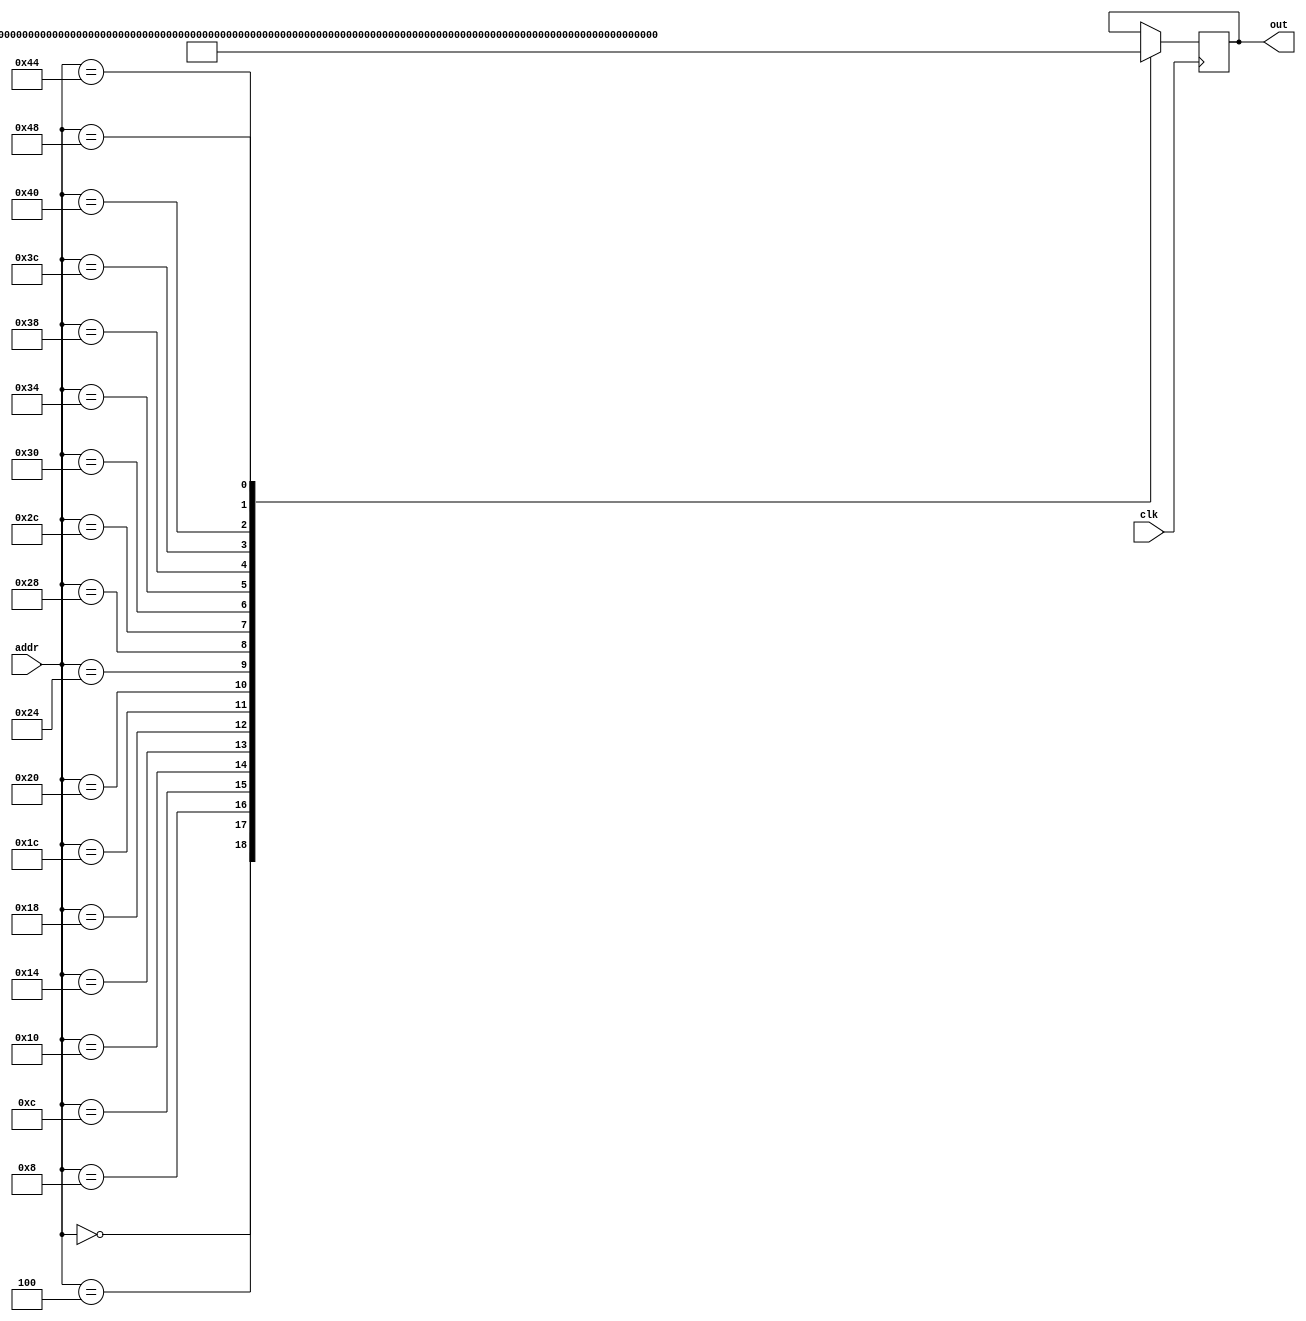
module rom (addr, clk, out);
	input [7:0] addr;
	input clk;
	output reg [31:0] out;
	
	always @ (posedge clk) begin
		case (addr)
			8'h00 : out = 32'h00450693; //addi a3, a0, 4
			8'h04 : out = 32'h00100713; //addi a4, x0, 1
			
			8'h08 : out = 32'h00b76463; //bltu a4, a1, 10
			
			8'h0c : out = 32'h00008067; //jalr x0, x1, 0
			
			8'h10 : out = 32'h0006a803; //lw   a6, 0(a3)
			8'h14 : out = 32'h00068613; //addi a2, a3, 0
			8'h18 : out = 32'h00070793; //addi a5, a4, 0
			
			8'h1c : out = 32'hffc62883; //lw   a7, -4(a2)
			8'h20 : out = 32'h01185a63; //bge  a6, a7, 34
			8'h24 : out = 32'h01162023; //sw   a7, 0(a2)
			8'h28 : out = 32'hfff78793; //addi a5, a5, -1
			8'h2c : out = 32'hffc60613; //addi a2, a2, -4
			8'h30 : out = 32'hfe0796e3; //bne  a5, x0, 1c
			
			8'h34 : out = 32'h00279793; //slli a5, a5, 0x2
			8'h38 : out = 32'h00f507b3; //add  a5, a0, a5
			8'h3c : out = 32'h0107a023; //sw   a6, 0(a5)
			8'h40 : out = 32'h00170713; //addi a4, a4, 1
			8'h44 : out = 32'h00468693; //addi a3, a3, 4
			8'h48 : out = 32'hfc1ff06f; //jal  x0, 8
		endcase
	end
	
endmodule